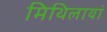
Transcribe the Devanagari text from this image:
मिथिलायां